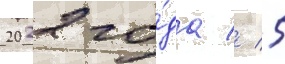
2022 го́да // 5